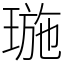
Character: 㻢